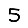
Digit: 5